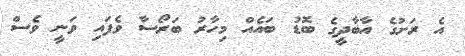
އެ ރަށުގެ އާބާދީގެ ބޮޑު ބައެއް މިހާރު ބަރޯސާ ވެފައި ވަނީ ވެސް